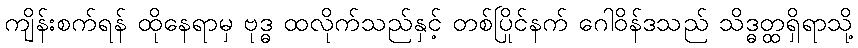
ကျိန်းစက်ရန် ထိုနေရာမှ ဗုဒ္ဓ ထလိုက်သည်နှင့် တစ်ပြိုင်နက် ဂေါဝိန်ဒသည် သိဒ္ဓတ္ထရှိရာသို့